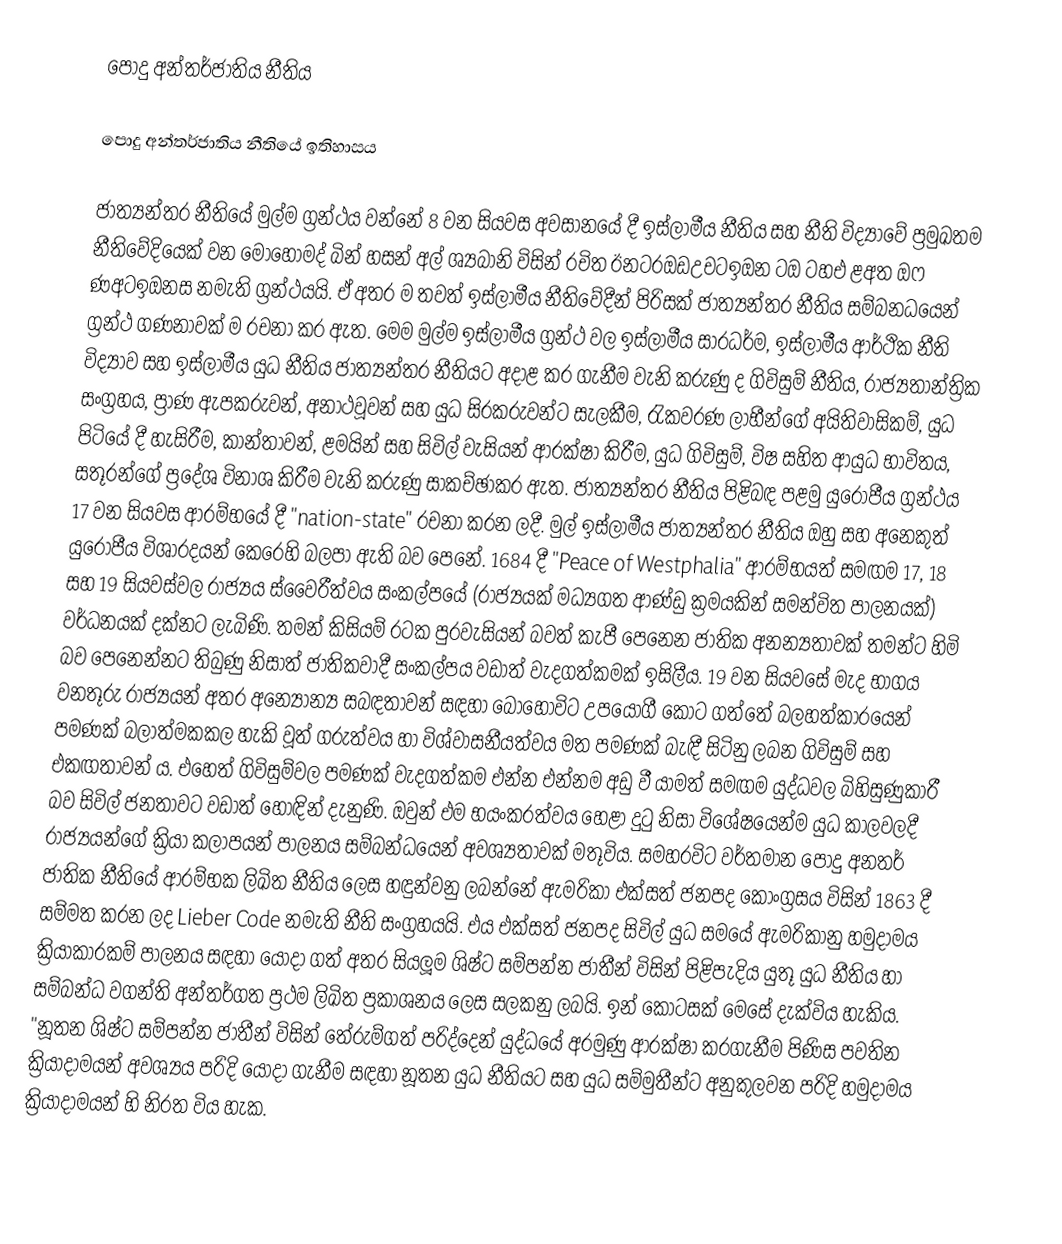
පොදු අන්තර්ජාතිය නීතිය

පොදු අන්තර්ජාතිය නීතියේ ඉතිහාසය

ජාත්‍යන්තර නීතියේ මුල්ම ග්‍රන්ථය වන්නේ 8 වන සියවස අවසානයේ දී ඉස්ලාමීය නීතිය සහ නීති විද්‍යාවේ ප්‍රමුඛතම නීතිවේදියෙක් වන මොහොමද් බින් හසන් අල් ශ්‍යබානි විසින් රචිත ඊනටරඔඩඋචටඉඔන ටඔ ටහඑ ළඅත ඔෆ ණඅටඉඔනස නමැති ග්‍රන්ථයයි. ඒ අතර ම තවත් ඉස්ලාමීය නීතිවේදීන් පිරිසක් ජාත්‍යන්තර නීතිය සම්බනධයෙන් ග්‍රන්ථ ගණනාවක් ම රචනා කර ඇත. මෙම මුල්ම ඉස්ලාමීය ග්‍රන්ථ වල ඉස්ලාමීය සාරධර්ම, ඉස්ලාමීය ආර්ථික නීති විද්‍යාව සහ ඉස්ලාමීය යුධ නීතිය ජාත්‍යන්තර නීතියට අදාළ කර ගැනීම වැනි කරුණු ද ගිවිසුම් නීතිය, රාජ්‍යතාන්ත්‍රික සංග්‍රහය, ප්‍රාණ ඇපකරුවන්, අනාථවූවන් සහ යුධ සිරකරුවන්ට සැලකීම, රැකවරණ ලාභීන්ගේ අයිතිවාසිකම්, යුධ පිටියේ දී හැසිරීම, කාන්තාවන්, ළමයින් සහ සිවිල් වැසියන් ආරක්ෂා කිරීම, යුධ ගිවිසුම්, විෂ සහිත ආයුධ භාවිතය, සතූරන්ගේ ප්‍රදේශ විනාශ කිරීම වැනි කරුණු සාකච්ඡාකර ඇත. ජාත්‍යන්තර නීතිය පිළිබඳ පළමු යුරෝපීය ග්‍රන්ථය 17 වන සියවස ආරම්භයේ දී "nation-state" රචනා කරන ලදී. මුල් ඉස්ලාමීය ජාත්‍යන්තර නීතිය ඔහු සහ අනෙකුත් යුරෝපීය විශාරදයන් කෙරෙහි බලපා ඇති බව පෙනේ. 1684 දී "Peace of Westphalia" ආරම්භයත් සමඟම 17, 18 සහ 19 සියවස්වල රාජ්‍යය ස්වෛරීත්වය සංකල්පයේ (රාජ්‍යයක් මධ්‍යගත ආණ්ඩු ක්‍රමයකින් සමන්විත පාලනයක්) වර්ධනයක් දක්නට ලැබිණි. තමන් කිසියම් රටක පුරවැසියන් බවත් කැපී පෙනෙන ජාතික අනන්‍යතාවක් තමන්ට හිමි බව පෙනෙන්නට තිබුණු නිසාත් ජාතිකවාදී සංකල්පය වඩාත් වැදගත්කමක් ඉසිලීය. 19 වන සියවසේ මැද භාගය වනතූරු රාජ්‍යයන් අතර අන්‍යෝන්‍ය සබඳතාවන් සඳහා බොහෝවිට උපයෝගී කොට ගත්තේ බලහත්කාරයෙන් පමණක් බලාත්මකකල හැකි වූත් ගරුත්වය හා විශ්වාසනීයත්වය මත පමණක් බැඳී සිටිනු ලබන ගිවිසුම් සහ එකඟතාවන් ය. එහෙත් ගිවිසුම්වල පමණක්  වැදගත්කම එන්න එන්නම අඩු වී යාමත් සමඟම යුද්ධවල බිහිසුණුකාරී බව සිවිල් ජනතාවට වඩාත් හොඳින් දැනුණි. ඔවුන් එම භයංකරත්වය හෙළා දුටු නිසා විශේෂයෙන්ම යුධ කාලවලදී රාජ්‍යයන්ගේ ක්‍රියා කලාපයන් පාලනය සම්බන්ධයෙන් අවශ්‍යතාවක් මතූවිය. සමහරවිට වර්තමාන පොදු අනතර් ජාතික නීතියේ ආරම්භක ලිඛිත නීතිය ලෙස හඳුන්වනු ලබන්නේ ඇමරිකා එක්සත් ජනපද කොංග්‍රසය විසින් 1863 දී සම්මත කරන ලද Lieber Code නමැති නීති සංග්‍රහයයි. එය එක්සත් ජනපද සිවිල් යුධ සමයේ ඇමරිකානු හමුදාමය ක්‍රියාකාරකම් පාලනය සඳහා යොදා ගත් අතර සියලූම ශිෂ්ට සම්පන්න ජාතීන් විසින් පිළිපැදිය යුතූ යුධ නීතිය හා සම්බන්ධ වගන්ති අන්තර්ගත ප්‍රථම ලිඛිත ප්‍රකාශනය ලෙස සලකනු ලබයි. ඉන් කොටසක් මෙසේ දැක්විය හැකිය. "නූතන ශිෂ්ට සම්පන්න ජාතීන් විසින් තේරුම්ගත් පරිද්දෙන් යුද්ධයේ අරමුණු ආරක්ෂා කරගැනීම පිණිස පවතින  ක්‍රියාදාමයන් අවශ්‍යය පරිදි යොදා ගැනීම සඳහා නූතන යුධ නීතියට සහ යුධ සම්මුතීන්ට අනුකුලවන පරිදි හමුදාමය ක්‍රියාදාමයන් හි නිරත විය හැක.